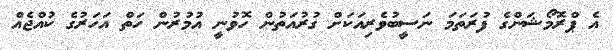
އެ ޕްރޮމޯޝަންގެ ފުރަތަމަ ނަސީބުވެރިއަކަށް ގުރުއަތުން ހޮވުނީ އުމުރުން ހަތް އަހަރުގެ ކުއްޖެއް